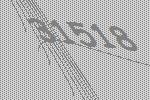
31518